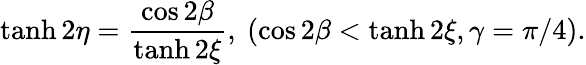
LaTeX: \operatorname{tanh}2\eta=\frac{\cos 2\beta}{\operatorname{tanh}2\xi},{\mathrm{~}}(\cos 2\beta<\operatorname{tanh}2\xi,\gamma=\pi/4).